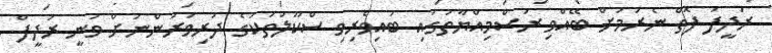
ރަދީފު ފޮތް ނެރުމަށް ބޭއްވި ރަސްމިއްޔާތުގައި ބައިވެރިވި ސްކޫލުތަކުގެ ދަރިވަރުންނަށް ވަނީ ރަދީފް